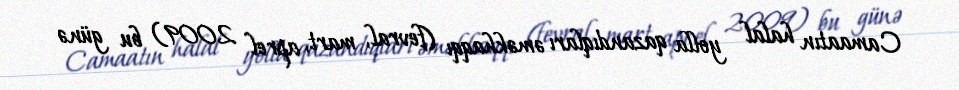
Camaatın halal yolla qazandıqları əməkhaqqı (fevral, mart, aprel 2009) bu günə